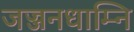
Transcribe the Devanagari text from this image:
जज्जनधाम्नि